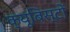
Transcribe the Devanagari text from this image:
क्यूबिस्टों